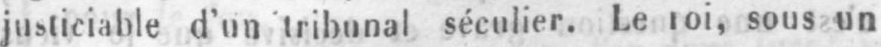
sous un